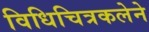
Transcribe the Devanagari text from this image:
विधिचित्रकलेने